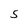
Character: S